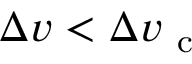
\Delta v < \Delta v _ { \mathrm { ~ c ~ } }